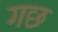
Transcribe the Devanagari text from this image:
गछ